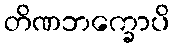
တိဏဘက္ခောပိ